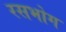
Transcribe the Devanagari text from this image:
रसभोग